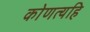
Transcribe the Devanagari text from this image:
कोणत्यहि